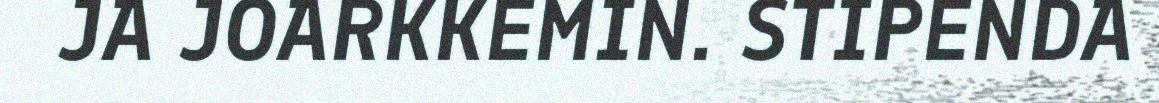
JA JOARKKEMIN. STIPENDA